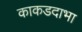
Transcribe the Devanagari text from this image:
काकडदाभा